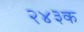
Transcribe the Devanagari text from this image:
२४३क